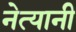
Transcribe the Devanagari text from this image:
नेत्यानी